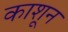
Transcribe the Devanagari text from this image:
काशून